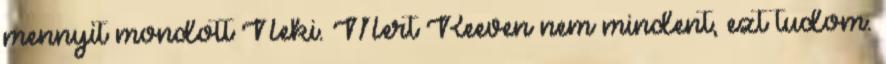
mennyit mondott Neki. Mert Reeven nem mindent, ezt tudom.